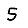
Digit: 5